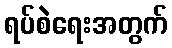
ရပ်စဲရေးအတွက်